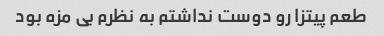
طعم پیتزا رو دوست نداشتم به نظرم بی مزه بود